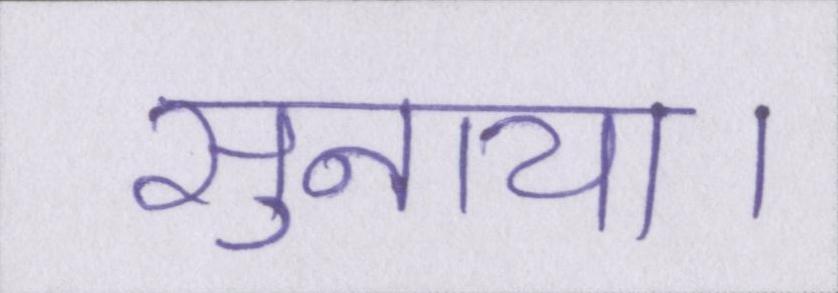
सुनाया।